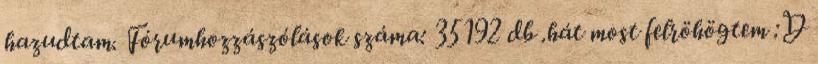
hazudtam. Fórumhozzászólások száma: 35192 db .hát most felröhögtem :D